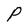
Character: P